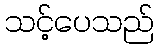
သင့်ပေသည်